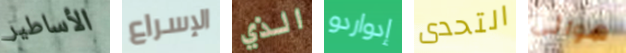
الأساطير الإسراع الذي إدواردو التحدى هوائي